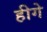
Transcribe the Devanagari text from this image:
हीगे